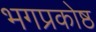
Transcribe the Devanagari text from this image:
भगप्रकोष्ठ